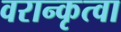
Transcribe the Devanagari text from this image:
वरान्कृत्वा